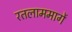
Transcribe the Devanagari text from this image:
रतलाममार्गे